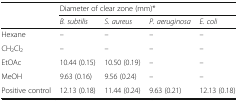
<table><thead><tr><td rowspan="2"></td><td colspan="4"><b>Diameter of clear zone (mm)*</b></td></tr><tr><td><b><i>B. subtilis</i></b></td><td><b><i>S. aureus</i></b></td><td><b><i>P. aeruginosa</i></b></td><td><b><i>E. coli</i></b></td></tr></thead><tbody><tr><td>Hexane</td><td>–</td><td>–</td><td>–</td><td>–</td></tr><tr><td>CH<sub>2</sub>Cl<sub>2</sub></td><td>–</td><td>–</td><td>–</td><td>–</td></tr><tr><td>EtOAc</td><td>10.44 (0.15)</td><td>10.50 (0.19)</td><td>–</td><td>–</td></tr><tr><td>MeOH</td><td>9.63 (0.16)</td><td>9.56 (0.24)</td><td>–</td><td>–</td></tr><tr><td>Positive control</td><td>12.13 (0.18)</td><td>11.44 (0.24)</td><td>9.63 (0.21)</td><td>12.13 (0.18)</td></tr></tbody></table>